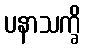
ပနာသက္ခိ